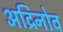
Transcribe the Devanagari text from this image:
अद्रिनोव